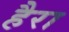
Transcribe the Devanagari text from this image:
हैरा